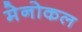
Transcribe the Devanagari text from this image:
मेनोकल